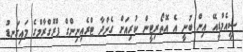
ސީއެމްޑީއޭ އިން ބުނީ އެ އޮތޯރިޓީން ކުރިއަށް ގެންދާ ޓްރެއިނިންގް ޕްރޮގްރާމްގެ މައިގަނޑު